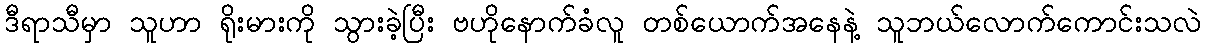
ဒီရာသီမှာ သူဟာ ရိုးမားကို သွားခဲ့ပြီး ဗဟိုနောက်ခံလူ တစ်ယောက်အနေနဲ့ သူဘယ်လောက်ကောင်းသလဲ